Report on horse surra - Volume I
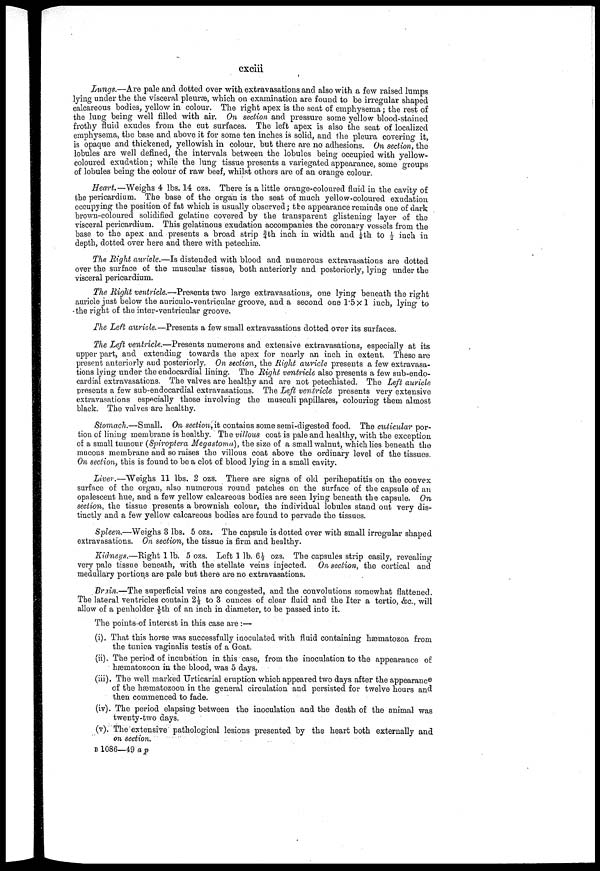
cxciii
Lungs.—Are pale and dotted over with extravasations and also with a few raised lumps
lying under the the visceral pleurae, which on examination are found to be irregular shaped
calcareous bodies, yellow in colour. The right apex is the seat of emphysema; the rest of
the lung being well filled with air. On section and pressure some yellow blood-stained
frothy fluid exudes from the cut surfaces. The left apex is also the seat of localized
emphysema, the base and above it for some ten inches is solid, and the pleura covering it,
is opaque and thickened, yellowish in colour, but there are no adhesions. On section, the
lobules are well defined, the intervals between the lobules being occupied with yellow-
coloured exudation; while the lung tissue presents a variegated appearance, some groups
of lobules being the colour of raw beef, whist others are of an orange colour.
Heart.—Weighs 4 lbs. 14 ozs. There is a little orange-coloured fluid in the cavity of
the pericardium. The base of the organ is the seat of much yellow-coloured exudation
occupying the position of fat which is usually observed; the appearance reminds one of dark
brown-coloured solidified gelatine covered by the transparent glistening layer of the
visceral pericardium. This gelatinous exudation accompanies the coronary vessels from the
base to the apex and presents a broad strip ¾th inch in width and ¼th to ½ inch in
depth, dotted over here and there with petechias.
The Right auricle.—Is distended with blood and numerous extravasations are dotted
over the surface of the muscular tissue, both anteriorly and posteriorly, lying under the
visceral pericardium.
The Might ventricle.—Presents two large extravasations, one lying beneath the right
auricle just below the auriculo-ventricular groove, and a second one 1.5×1 inch, lying to
the right of the inter-ventricular groove.
The Left auricle.—Presents a few small extravasations dotted over its surfaces.
The Left ventricle.—Presents numerous and extensive extravasations, especially at its
upper part, and extending towards the apex for nearly an inch in extent. These are
present anteriorly and posteriorly. On section, the Right auricle presents a few extravasa-
tions lying under the endocardial lining. The Might ventricle also presents a few sub-endo-
cardial extravasations. The valves are healthy and are not petechiated. The Left auricle
presents a few sub-endocardial extravasations. The Left ventricle presents very extensive
extravasations especially those involving the musculi papillares, colouring them almost
black. The valves are healthy.
Stomach.—Small.
On section, it contains some semi-digested food. The cuticular por-
tion of lining membrane is healthy. The villous coat is pale and healthy, with the exception
of a small tumour (Spiroptera Megastoma), the size of a small walnut, which lies beneath the
mucous membrane and so raises the villous coat above the ordinary level of the tissues.
On section, this is found to be a clot of blood lying in a small cavity.
Liver.—"Weighs 11 lbs. 2 ozs. There are signs of old perihepatitis on the convex
surface of the organ, also numerous round patches on the surface of the capsule of an
opalescent hue, and a few yellow calcareous bodies are seen lying beneath the capsule. On
section, the tissue presents a brownish colour, the individual lobules stand out very dis-
tinctly and a few yellow calcareous bodies are found to pervade the tissues.
Spleen.—Weighs 3 lbs. 5 ozs. The capsule is dotted over with small irregular shaped
extravasations. On section, the tissue is firm and healthy.
Kidneys.—Eight 1 lb. 5 ozs. Left 1 lb. 6½ ozs. The capsules strip easily, revealing
very pale tissue beneath, with the stellate veins injected. On section, the cortical and
medullary portions are pale but there are no extravasations.
Brain.-— The superficial veins are congested, and the convolutions somewhat flattened.
The lateral ventricles contain 2½ to 3 ounces of clear fluid and the Iter a tertio, &c, will
allow of a penholder 1/5th of an inch in diameter, to be passed into it.
The points of interest in this case are:—
(i). That this horse was successfully inoculated with fluid containing ha3matozoa from
the tunica vaginalis testis of a Goat.
(ii). The period of incubation in this case, from the inoculation to the appearance of
hæmatozoon in the blood, was 5 days.
(iii). The well marked Urticarial eruption which appeared two days after the appearand
of the hæmatozoon in the general circulation and persisted for twelve hours and
then commenced to fade.
(iv). The period elapsing between the inoculation and the death of the animal was
twenty-two days.
(v). The extensive pathological lesions presented by the heart both externally and
on section.
B 1086—49 ap